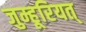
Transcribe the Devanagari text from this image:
जुम्हूरियत्